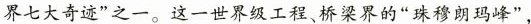
界七大奇迹”之一。这一世界级工程、桥梁界的”珠穆朗玛峰”，